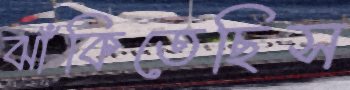
ঝাঁকিতেছিস